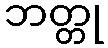
ဘတ္တု